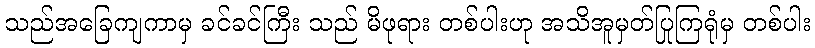
သည်အခြေကျကာမှ ခင်ခင်ကြီး သည် မိဖုရား တစ်ပါးဟု အသိအူမှတ်ပြုကြရုံမှ တစ်ပါး